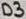
Text: D3